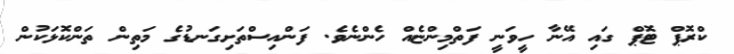
ކްރޮޕް ޓޮޕް ގައި އޭނާ ހީވަނީ ފަތްމިންޏެއް ހެންނެވެ. ފަންއިސްތަށިގަނޑުގެ މަތިން ތަންކޮޅަކުން